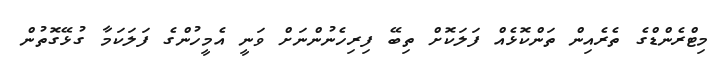
މިޓްރެންޑްގެ ތެރެއިން ތަންކޮޅެއް ފަލަކޮށް ތިބޭ ފިރިހެނުންނަށް ވަނީ އެމީހުންގެ ފަލަކަމާ ގުޅޭގޮތުން